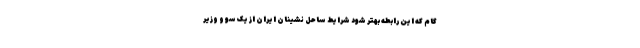
گام که این رابطه بهتر شود شرایط ساحل نشینان ایران از یک سو و وزیر